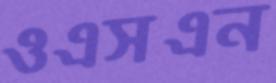
ওএসএন